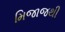
મિજાજથી